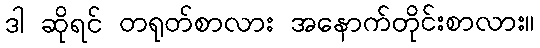
ဒါ ဆိုရင် တရုတ်စာလား အနောက်တိုင်းစာလား။